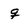
Character: q